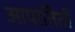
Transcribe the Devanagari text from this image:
आपातिती